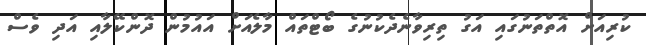
ކުރިއަށް އޮތްތަނުގައި އަގު ތިރިވާނެދެކުނުގެ ބޯޓްތައް މާލެއަށް އައުމުން ދޮންކޭލާއި އަދި ވެސް